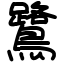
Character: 鷺